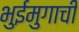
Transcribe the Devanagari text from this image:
भुईमुगाची